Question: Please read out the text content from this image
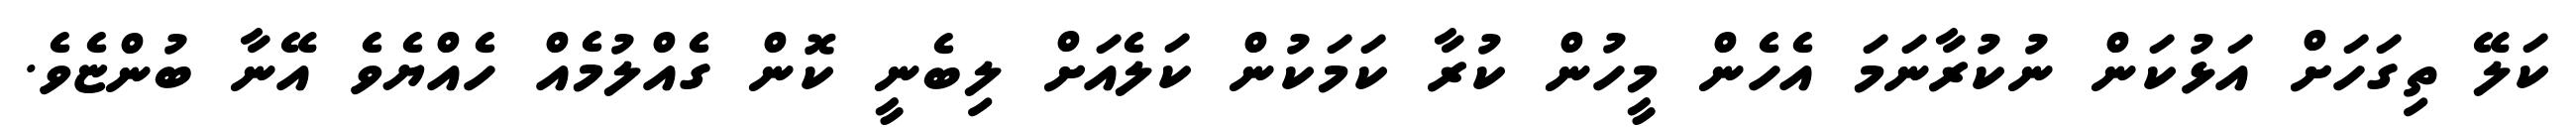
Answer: ކަލޭ ތިގަހަށް އަޅުކަން ނުކުރާނަމަ އެހެން މީހުން ކުރާ ކަމަކުން ކަލެއަށް ލިބެނީ ކޮން ގެއްލުމެއް ހެއްޔެވެ އޭނާ ބުންޏެވެ.